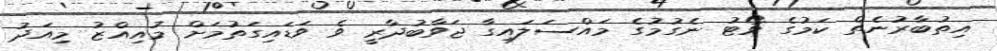
އިތުބާރުނެތް ކަމުގެ ވޯޓު ނެގުމުގެ މައްސަލައިގާ ޖަވާބުދާރީ ވެ ވަޑައިގަތުމަށް މުއިއްޒު މިއަދު